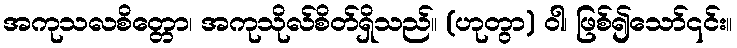
အကုသလစိတ္တော၊ အကုသိုလ်စိတ်ရှိသည်။ (ဟုတွာ) ဝါ၊ ဖြစ်၍သော်၎င်း။